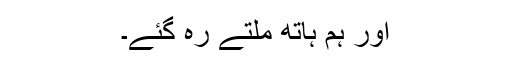
اور ہم ہاتھ ملتے رہ گئے۔